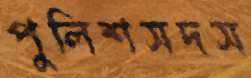
পুলিশসদস